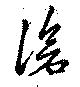
滄